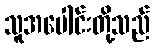
သူအပေါင်းတို့သည်